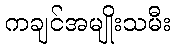
ကချင်အမျိုးသမီး